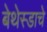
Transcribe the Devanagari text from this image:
बेथेस्डाचे